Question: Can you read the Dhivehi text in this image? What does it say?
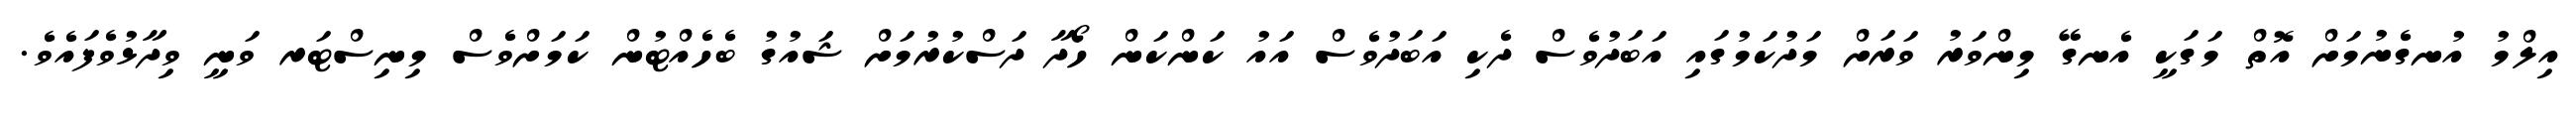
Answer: އިލްމު އުނގެނުމަށް އޮތް މަގަކީ އެނގޭ މިންވަރު ވަރަށް މަދުކަމުގައި އަބަދުވެސް ދެކި އަބަދުވެސް އައު ކަންކަން ހޯދާ ދަސްކުރުމަށް ޝައުގު ބެހެއްޓުން ކަމަށްވެސް މިނިސްޓަރ ވަނީ ވިދާޅުވެފައެވެ.